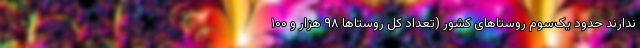
ندارند حدود یک‌سوم روستاهای کشور (تعداد کل روستاها ۹۸ هزار و ۱۰۰